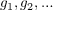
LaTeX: g _ { 1 } , g _ { 2 } , \ldots